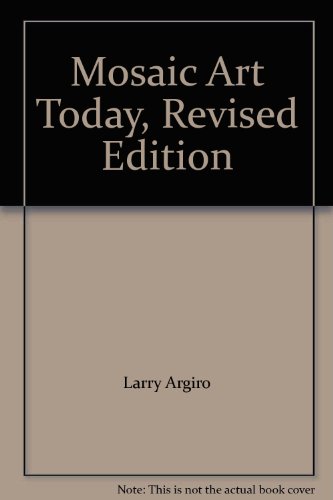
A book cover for Mosaic Art Today, Revised Edition; Arts & Photography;